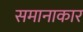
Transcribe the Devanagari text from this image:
समानाकार